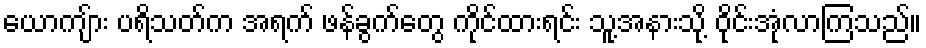
ယောကျ်ား ပရိသတ်က အရက် ဖန်ခွက်တွေ ကိုင်ထားရင်း သူ့အနားသို့ ဝိုင်းအုံလာကြသည်။